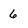
Character: 6